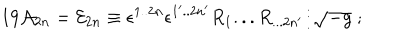
1 9 { \cal A } _ { 2 n } = { \cal E } _ { 2 n } \equiv \epsilon ^ { 1 . . 2 n } \epsilon ^ { 1 ^ { \prime } . . 2 n ^ { \prime } } R _ { 1 } . . . R _ { . . . 2 n { ^ \prime } } / \sqrt { - g } \; ;